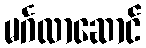
မင်္ဂလာဆောင်